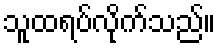
သူထရပ်လိုက်သည်။